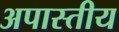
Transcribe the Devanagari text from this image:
अपास्तीय